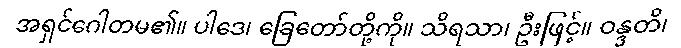
အရှင်ဂေါတမ၏။ ပါဒေ၊ ခြေတော်တို့ကို။ သိရသာ၊ ဦးဖြင့်။ ဝန္ဒတိ၊